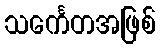
သင်္ကေတအဖြစ်